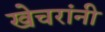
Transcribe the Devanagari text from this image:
खेचरांनी